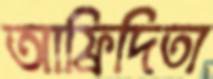
আফ্রিদিতা